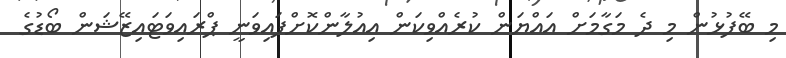
މި ބޭފުޅުން މި ދެ މަގާމަށް އައްޔަން ކުރެއްވިކަން އިއުލާންކޮށްފައިވަނީ ޕްރައިވަޓައިޒޭޝަން ބޯޑުގެ